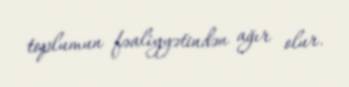
toplumun fəaliyyətindən ağır olur.